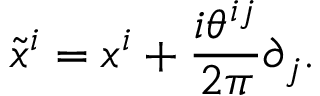
\tilde { x } ^ { i } = x ^ { i } + \frac { i \theta ^ { i j } } { 2 \pi } \partial _ { j } .